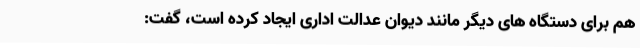
هم برای دستگاه های دیگر مانند دیوان عدالت اداری ایجاد کرده است، گفت: